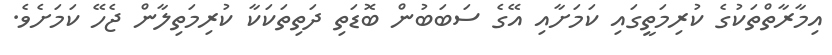
އިމާރާތްތަކުގެ ކުރިމަތީގައި ކަމަށާއި އޭގެ ސަބަބުން ބޮޑަތި ދަތިތަކަކާ ކުރިމަތިލާން ޖެހޭ ކަމަށެވެ.